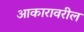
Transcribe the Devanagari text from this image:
आकारावरील